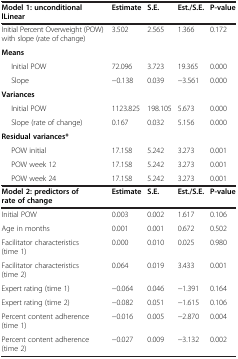
<table><thead><tr><td><b>Model 1: unconditional lLinear</b></td><td><b>Estimate</b></td><td><b>S.E.</b></td><td><b>Est./S.E.</b></td><td><b>P-value</b></td></tr></thead><tbody><tr><td>Initial Percent Overweight (POW) with slope (rate of change)</td><td>3.502</td><td>2.565</td><td>1.366</td><td>0.172</td></tr><tr><td><b>Means</b></td><td> </td><td> </td><td> </td><td> </td></tr><tr><td>Initial POW</td><td>72.096</td><td>3.723</td><td>19.365</td><td>0.000</td></tr><tr><td>Slope</td><td>-0.138</td><td>0.039</td><td>-3.561</td><td>0.000</td></tr><tr><td><b>Variances</b></td><td> </td><td> </td><td> </td><td> </td></tr><tr><td>Initial POW</td><td>1123.825</td><td>198.105</td><td>5.673</td><td>0.000</td></tr><tr><td>Slope (rate of change)</td><td>0.167</td><td>0.032</td><td>5.156</td><td>0.000</td></tr><tr><td><b>Residual variances*</b></td><td> </td><td> </td><td> </td><td> </td></tr><tr><td>POW initial</td><td>17.158</td><td>5.242</td><td>3.273</td><td>0.001</td></tr><tr><td>POW week 12</td><td>17.158</td><td>5.242</td><td>3.273</td><td>0.001</td></tr><tr><td>POW week 24</td><td>17.158</td><td>5.242</td><td>3.273</td><td>0.001</td></tr><tr><td><b>Model 2: predictors of rate of change</b></td><td><b>Estimate</b></td><td><b>S.E.</b></td><td><b>Est./S.E.</b></td><td><b>P-value</b></td></tr><tr><td>Initial POW</td><td>0.003</td><td>0.002</td><td>1.617</td><td>0.106</td></tr><tr><td>Age in months</td><td>0.001</td><td>0.001</td><td>0.672</td><td>0.502</td></tr><tr><td>Facilitator characteristics (time 1)</td><td>0.000</td><td>0.010</td><td>0.025</td><td>0.980</td></tr><tr><td>Facilitator characteristics (time 2)</td><td>0.064</td><td>0.019</td><td>3.433</td><td>0.001</td></tr><tr><td>Expert rating (time 1)</td><td>-0.064</td><td>0.046</td><td>-1.391</td><td>0.164</td></tr><tr><td>Expert rating (time 2)</td><td>-0.082</td><td>0.051</td><td>-1.615</td><td>0.106</td></tr><tr><td>Percent content adherence (time 1)</td><td>-0.016</td><td>0.005</td><td>-2.870</td><td>0.004</td></tr><tr><td>Percent content adherence (time 2)</td><td>-0.027</td><td>0.009</td><td>-3.132</td><td>0.002</td></tr></tbody></table>